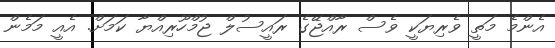
އެންމެ މަތީ ވެރިޔަކީ ވެސް ރާއްޖޭގެ ރައީސުލް ޖުމްހޫރިއްޔާ ކަމަށް. އެއީ މަމެން